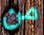
من